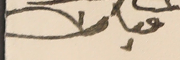
مبارك